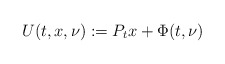
\begin{align*}U(t,x,\nu):=P_tx+\Phi(t,\nu)\end{align*}